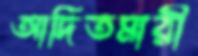
আদিতমারী